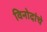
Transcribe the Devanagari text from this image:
विनोदांचे